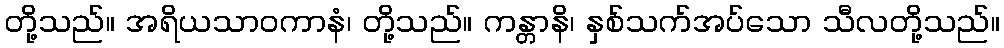
တို့သည်။ အရိယသာဝကာနံ၊ တို့သည်။ ကန္တာနိ၊ နှစ်သက်အပ်သော သီလတို့သည်။